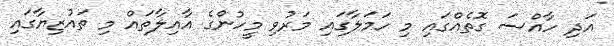
އަދި ހާއްސަ ގޮތެއްގައި މި ހަމަލާގައި މަރުވި މީހުންގެ އާއިލާތައް މި ތައުޒިޔާގައި